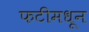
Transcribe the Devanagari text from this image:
फटीमधून